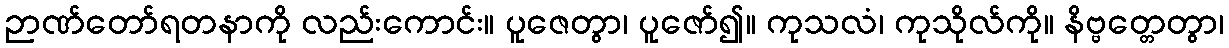
ဉာဏ်တော်ရတနာကို လည်းကောင်း။ ပူဇေတွာ၊ ပူဇော်၍။ ကုသလံ၊ ကုသိုလ်ကို။ နိဗ္ဗတ္တေတွာ၊